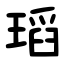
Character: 瑫